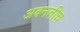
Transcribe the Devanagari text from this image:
अवनतीच